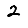
Digit: 2